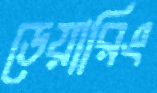
ডেয়ারিং